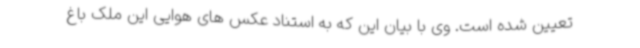
تعیین شده است. وی با بیان این که به استناد عکس های هوایی این ملک باغ